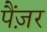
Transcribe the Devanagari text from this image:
पैंज़र